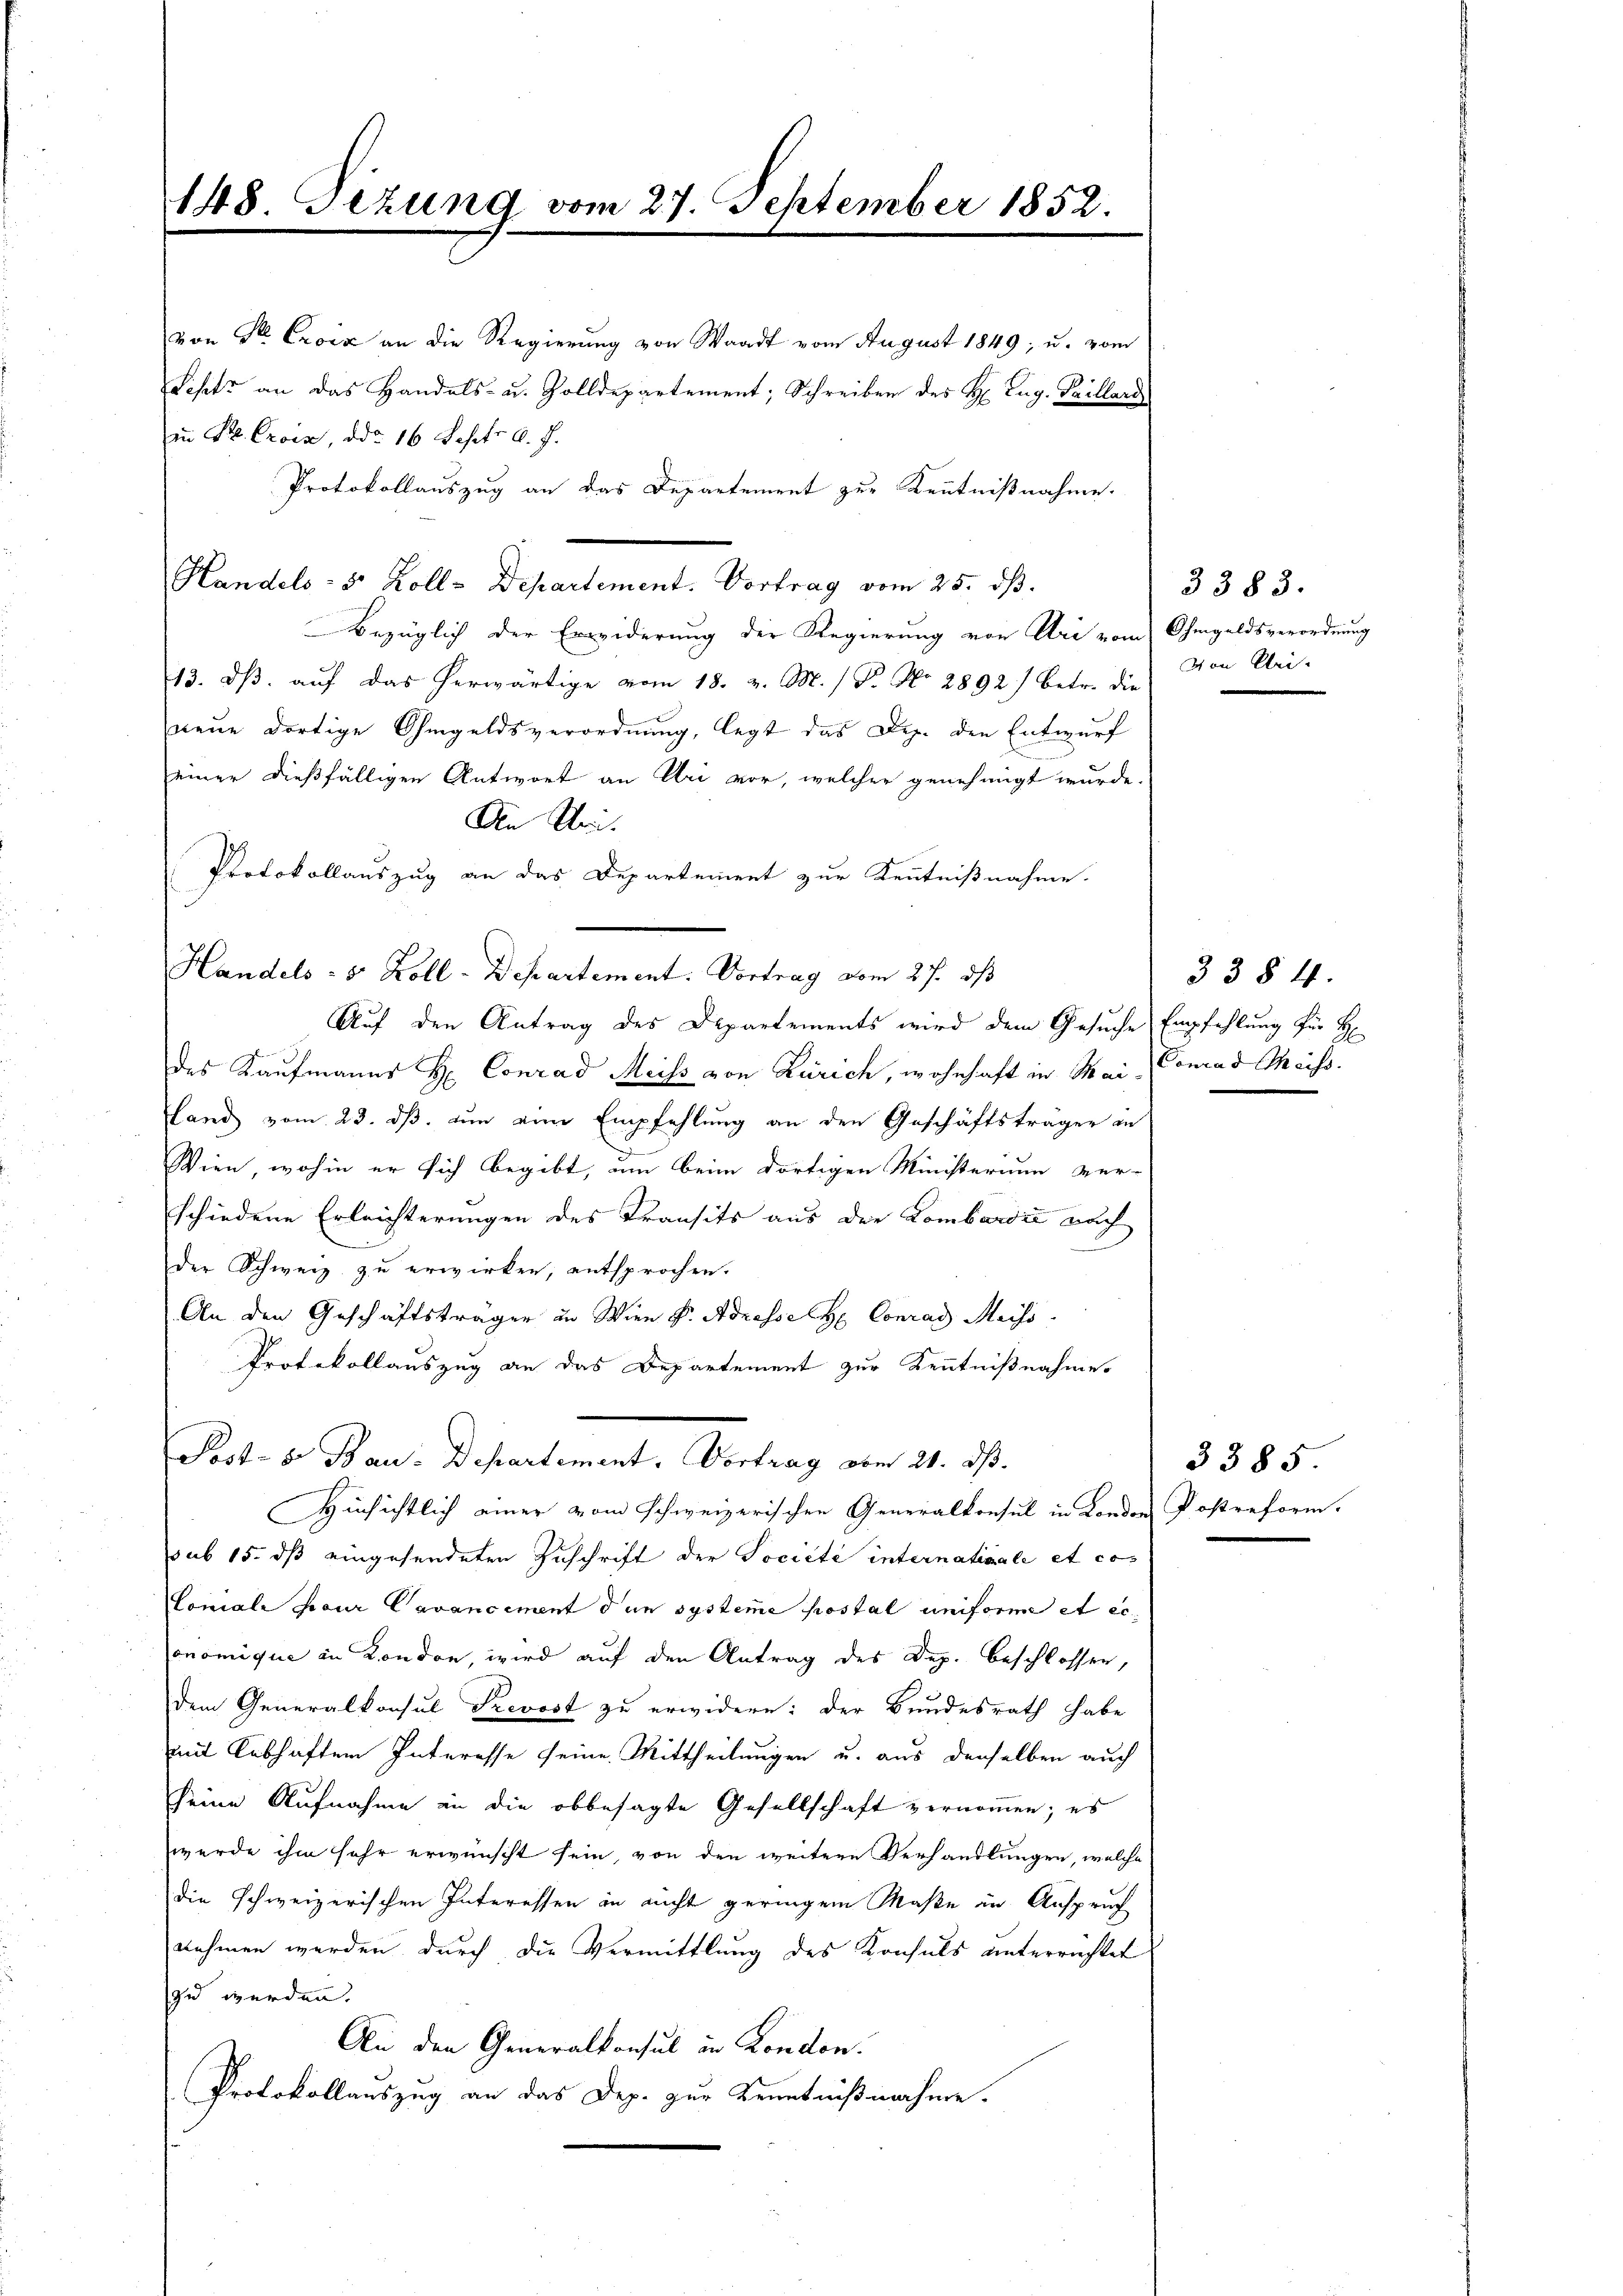
148. Dezung vom 27. September 1852.

Post- 5. Bau-Departement, Vortrag vom 21. dß.
Hinsichtlich einer vom schweizerischen Generalkonsul in London Postreform.

von Sr. Croix an die Regierung von Waadt vom August 1849; u. vom
Schts an das Handels- u. Zolldepartement; Schreiben des H. Zug. Peillard
in St. Croix, ddo 16 Septr. d. J.
Protokollauszug an das Departement zur Kenntnißnahme.
Handels- 3. Kolle Departement. Vortrag vom 25. ds.
Bezüglich der Erwiderung der Regierung von Uri vom Ohmgeldsverordnung
13. dβ aŭf das herwärtige vom 18. v. M. / F. No. 2892) betr. die
neue dortige Ohmgeldsverordnung, legt das Dez. den Entwurf
einer dießfälligen Antwort an Uri vor, welcher genehmigt wurde.
An Uri.
Protokollauszug an das Departement zur Kenntnißnahme.
Handels : 5 Zoll-Departement: Vortrag vom 27. ds
Auf den Antrag des Departements wird dem Gesuche Empfehlung für H
des Kaufmanns H. Conrad Meiss von Zürich, wohnhaft in Mai Conrad Meiss.
Land vom 23. dß. nun von Empfehlung an den Geschäftsträger in
Wien, wohin er sich begibt, um beim dortigen Ministerium ver-
schiedene Erleichterungen des Transits aus der Lombardić auch
der Schweiz zu erwirken, entsprochen.
An den Geschäftsträger in Wien v. Adresse H. Conrad Meisi
Protokollauszug an das Departement zur Kenntnißnahme.

3383.
Von Klein

sub 15. dß eingesendeten Zuschrift der Societe internativale et cos
Coniale pour Cavancement den systeme postal uniforme et ec
onomique in London, wird auf den Antrag des Dep. beschlossen,
dem Generalkonsul Prevost zu erwidern: der Bundesrath habe
mit lebhaften Interesse seine Mittheilungen u. aus denselben auch
seine Aufnahme in die obbesagte Gesellschaft vernommen; es
wurde ihm sehr erwünscht sein, von den weitere Verhandlungen, welche
die schweizerischen Interessen in nicht geringem Maße in Anspruch
nehmen werden durch die Vermittlung des Konsuls unterrichtet
zu werden.
An den Generalkonsul in London.
Protokollauszug an das Dep. zur Kenntnißnahme.

3384.

3385